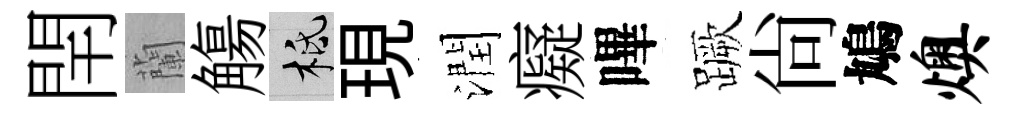
閈蘭觴柢現潤癡嗶蹶尚鳩燠